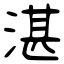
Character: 湛